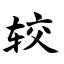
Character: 较